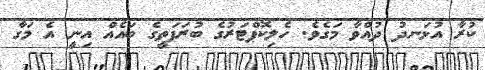
ކުރާ އުޅަނދު ދުއްވާ މަގެވެ. ހެލިކޮޕްޓަރުގެ ބުރަފަތީގެ ބައެއް އިނީ އެ މަގާ